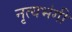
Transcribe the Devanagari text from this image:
नृत्यभंगी